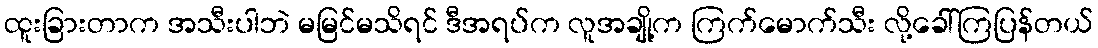
ထူးခြားတာက အသီးပါဘဲ မမြင်မသိရင် ဒီအရပ်က လူအချို့က ကြက်မောက်သီး လို့ခေါ်ကြပြန်တယ်